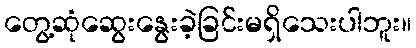
တွေ့ဆုံဆွေးနွေးခဲ့ခြင်းမရှိသေးပါဘူး။